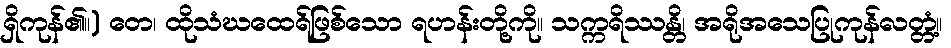
ရှိကုန်၏။) တေ၊ ထိုသံဃထေရ်ဖြစ်သော ရဟန်းတို့ကို။ သက္ကရိဿန္တိ၊ အရိုအသေပြုကုန်လတ္တံ့။